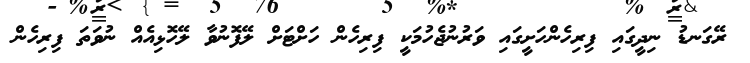
ރޭގަނޑު ނިދީގައި ފިރިހެންހަށީގައި ވަރުނުޖެހުމަކީ ފިރިހެން ހަށްޓަށް ލޭފޮނުވާ ލޭހޮޅިއެއް ނުވަތަ ފިރިހެން